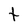
Character: t